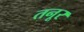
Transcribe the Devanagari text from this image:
तनूर